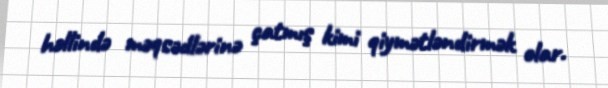
həllində məqsədlərinə çatmış kimi qiymətləndirmək olar.